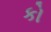
કો